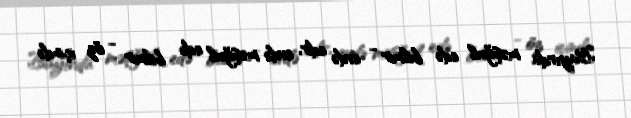
Bayırda məşğul edə bilmir - evdə edir, evdə məşğul edə bilmir - öz içində